Indian Civil Veterinary Department memoirs
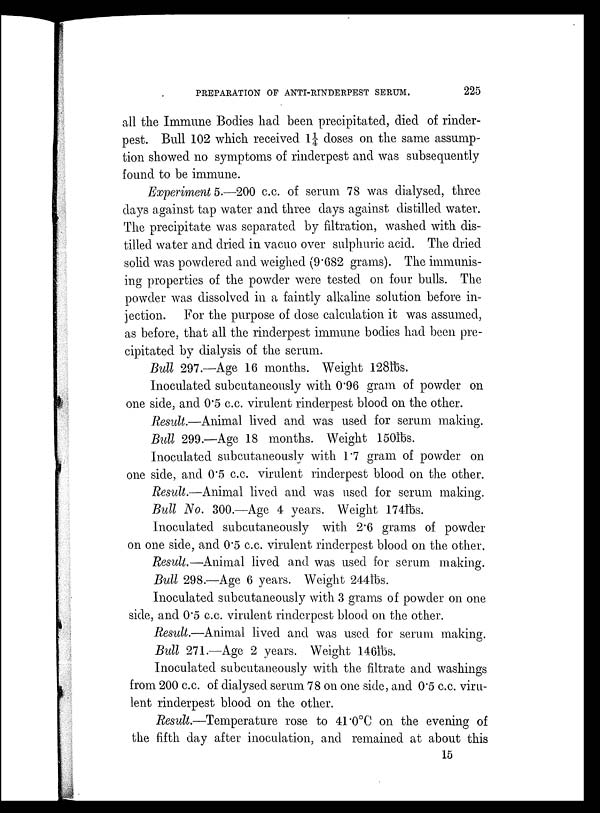
PREPARATION OF ANTI-RINDERPEST SERUM.
225
all the Immune Bodies had been precipitated, died of rinder-
pest. Bull 102 which received 1¼ doses on the same assump-
tion showed no symptoms of rinderpest and was subsequently
found to be immune.
Experiment 5.—200 c.c. of serum 78 was dialysed, three
days against tap water and three days against distilled water.
The precipitate was separated by filtration, washed with dis-
tilled water and dried in vacuo over sulphuric acid. The dried
solid was powdered and weighed (9.682 grams). The immunis-
ing properties of the powder were tested on four bulls. The
powder was dissolved in a faintly alkaline solution before in-
jection. For the purpose of dose calculation it was assumed,
as before, that all the rinderpest immune bodies had been pre-
cipitated by dialysis of the serum.
Bull 297.—Age 16 months. Weight 128lbs.
Inoculated subcutaneously with 0.96 gram of powder on
one side, and 0.5 c.c. virulent rinderpest blood on the other.
Result.—Animal lived and was used for serum making.
Bull 299.—Age 18 months. Weight 150lbs.
Inoculated subcutaneously with 1.7 gram of powder on
one side, and 0.5 c.c. virulent rinderpest blood on the other.
Result.—Animal lived and was used for serum making.
Bull No. 300.—Age 4 years. Weight 174lbs.
Inoculated subcutaneously with 2.6 grams of powder
on one side, and 0.5 c.c. virulent rinderpest blood on the other.
Result.—Animal lived and was used for serum making.
Bull 298.—Age 6 years. Weight 244lbs.
Inoculated subcutaneously with 3 grams of powder on one
side, and 0.5 c.c. virulent rinderpest blood on the other.
Result.—Animal lived and was used for serum making.
Bull 271.—Age 2 years. Weight 146lbs.
Inoculated subcutaneously with the filtrate and washings
from 200 c.c. of dialysed serum 78 on one side, and 0.5 c.c. viru-
lent rinderpest blood on the other.
Result.—Temperature rose to 41.0ºC on the evening of
the fifth day after inoculation, and remained at about this
15